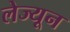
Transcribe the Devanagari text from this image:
लेज्यून